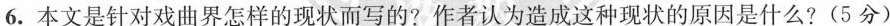
6.本文是针对戏曲界怎样的现状而写的?作者认为造成这种现状的原因是什么?(5分)